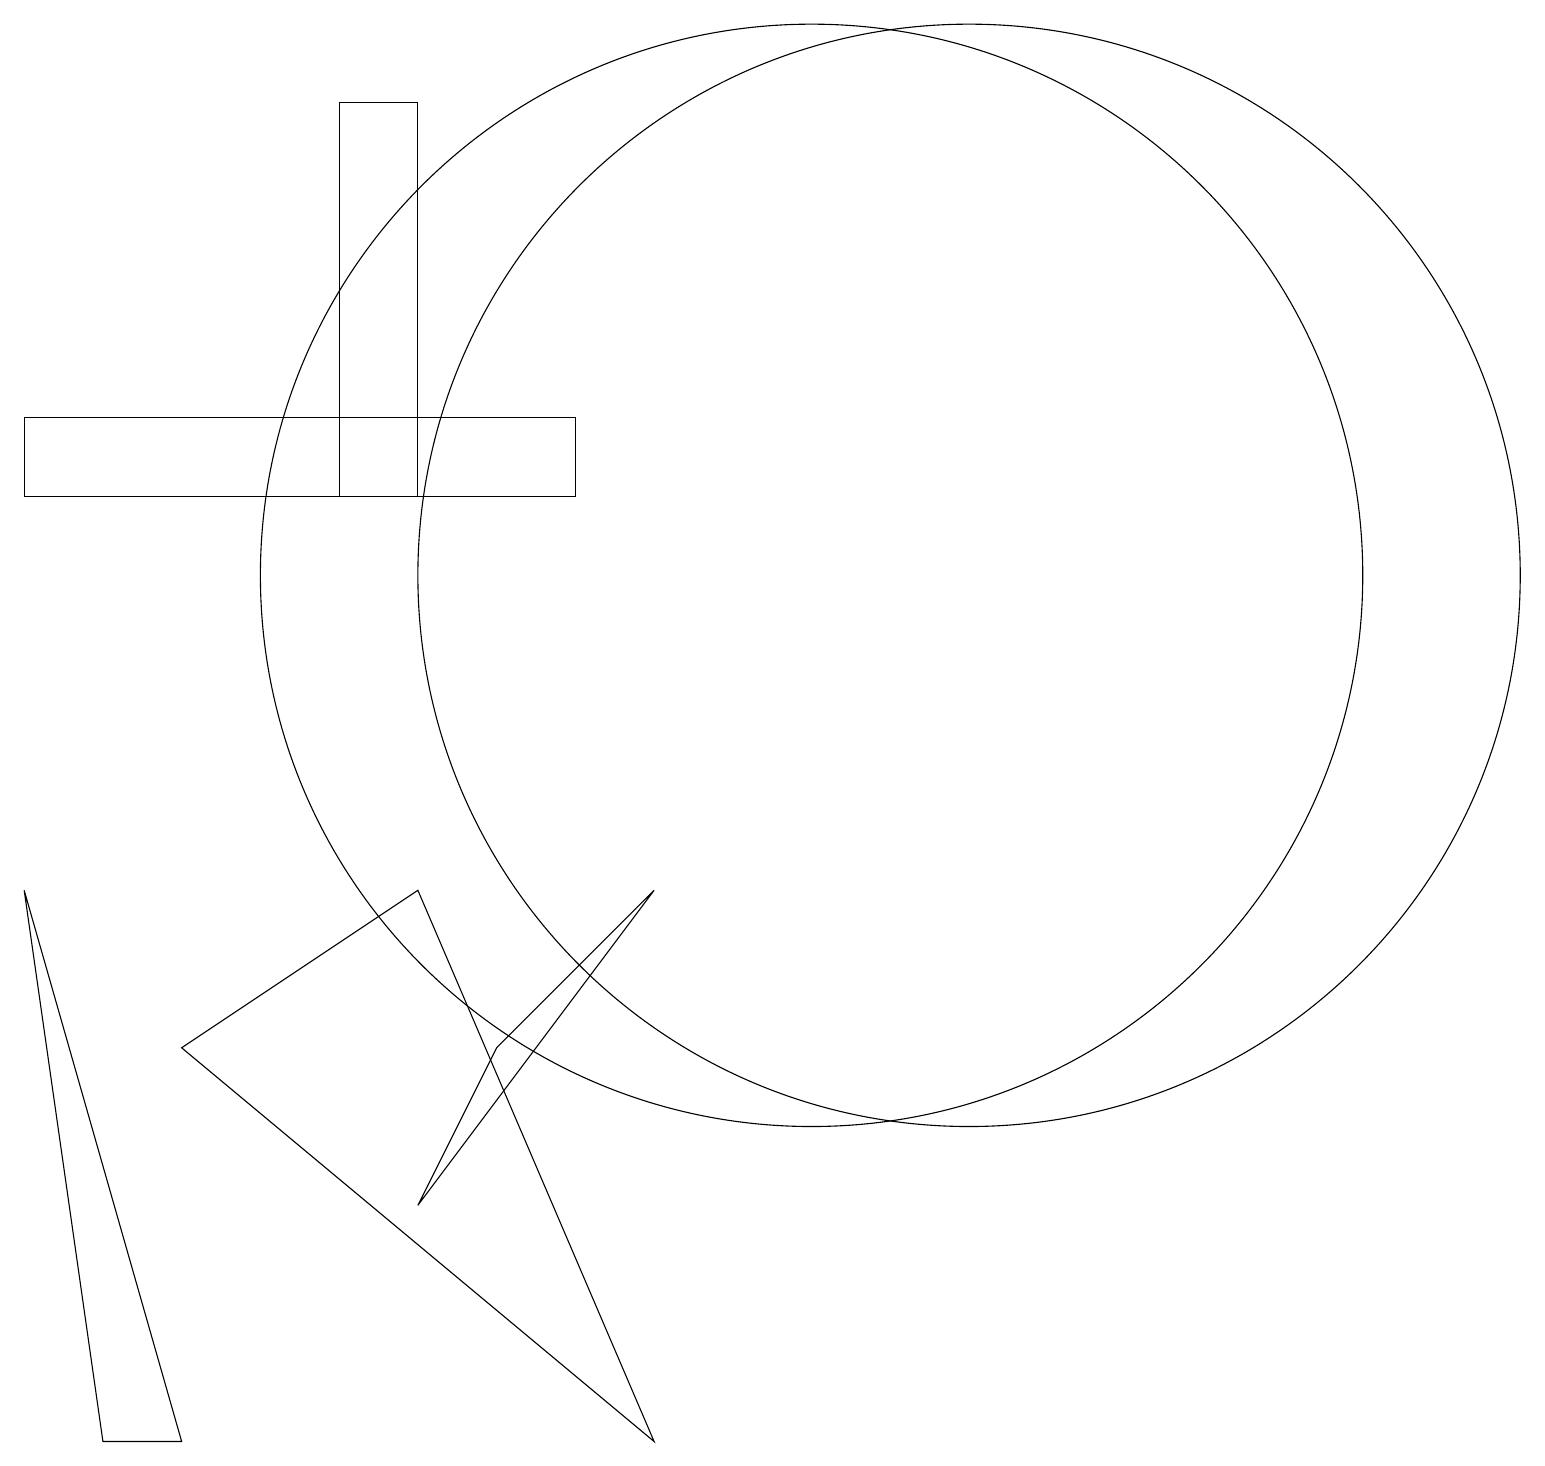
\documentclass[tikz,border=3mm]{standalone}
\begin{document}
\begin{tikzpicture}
\draw (10,11) circle (7);
\draw (12,11) circle (7);
\draw (0,13) rectangle (7,12);
\draw (6,5) -- (5,3) -- (8,7) -- cycle;
\draw (5,7) -- (8,0) -- (2,5) -- cycle;
\draw (1,0) -- (0,7) -- (2,0) -- cycle;
\draw (4,17) rectangle (5,12);
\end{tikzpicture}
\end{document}